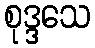
စုဒ္ဒသေ